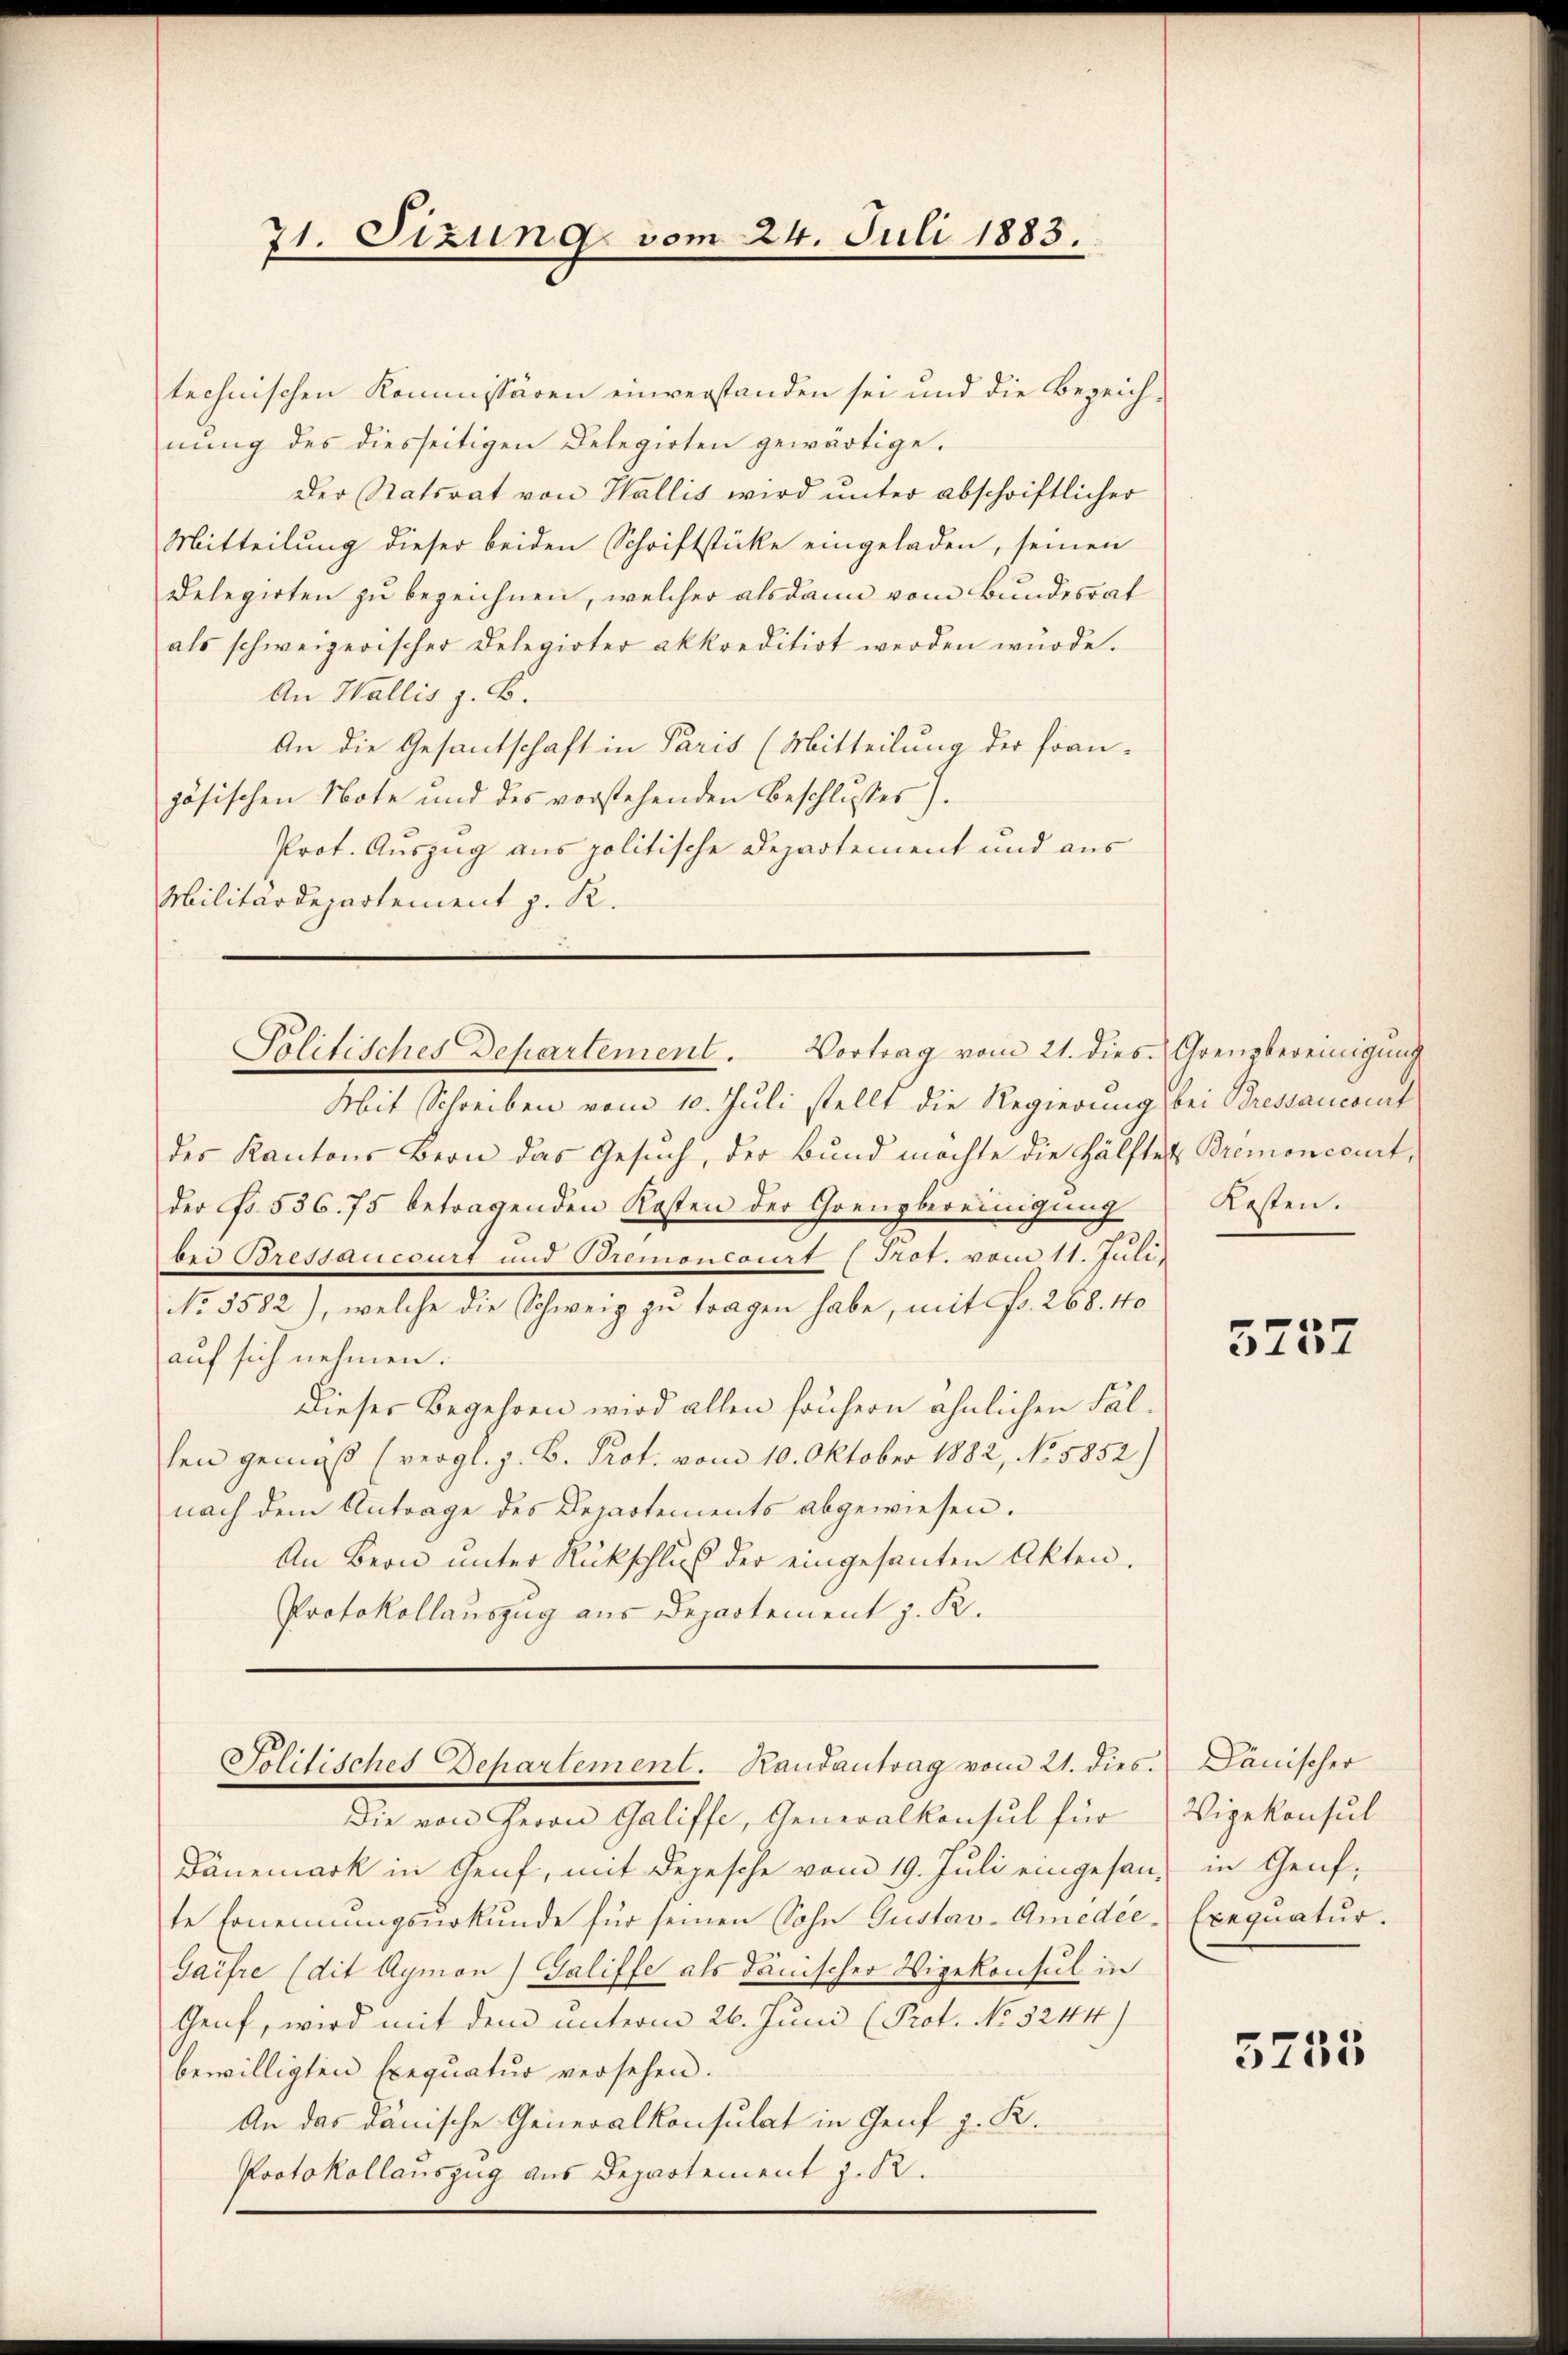
71. Sizung vom 24. Juli 1883.

technischen Kommissären einverstanden sei und die Bezeichnung des diesseitigen Delegirten gewärtige.
Der Statsrat von Wallis wird unter abschriftlicher
Mitteilung dieser beiden Schriftstücke eingeladen, seinen
Delegirten zu bezeichnen, welcher alsdann vom Bundesrat
als schweizerischer Delegirter akkreditirt werden würde.
An Wallis z. B.
An die Gesantschaft in Paris (Mitteilung der fran-
zösischen Note und des vorstehenden Beschlusses).
Prot. Auszug aus politische Departement und aus
Militärdepartement z. R.

Politisches Departement. Vortrag vom 21. dies. Grenzbereinigŭng

Solitisches Departement. Randantrag vom 21. dies. Dänischer

Mit Schreiben vom 10. Juli stellt die Regierung bei Bressancont
des Kantons Bern das Gesuch, der Bund möchte die Hälfte Bremoncourt,
der No. 536. 75 betragenden Kosten der Grenzbereinigung
bei Bressaucourt und Bremoncourt (Prot. vom 11. Juli
No. 5582), welche die Schweiz zu tragen habe, mit Fr. 268. 40
auf sich nehmen.
Dieses Begehren wird allen solchern ähnlichen Fälhen gemäß (vergl. z. B. Prot. vom 10. Oktober 1882, No. 5852)
nach dem Antrage des Departements abgewiesen.
An Bern unter Rückschluß der eingesanten Akten.
Protokollauszug aus Departement z. R.

Die von Herrn Galiffe, Generalkonsul für
Dänemark in Genf, mit Depesche vom 19. Juli eingesan, in Genf,
te Ernennungsurkunde für seinen Sohn Gustav-Amedie Exequatur.
Gaifre (dit Aymon) Galiffe als dänischer Vizekonsul in
Genf, wird mit dem unterm 26. Juni (Prot. No 5244)
bewilligten Exequatur versehen.
An das dänische Generalkonsulat in Genf z. R.
Protokollauszug aus Departement z. R.

Kosten.

5737

Vizekonsul

5255